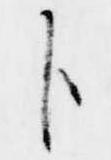
臣